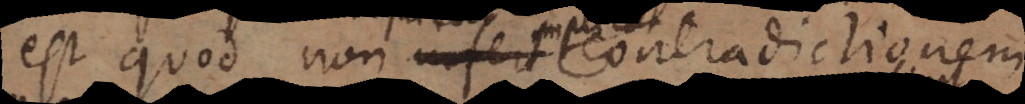
est quod infert contradictionem